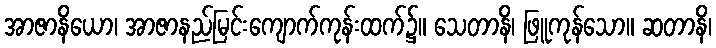
အာဇာနိယော၊ အာဇာနည်မြင်းကျောက်ကုန်းထက်၌။ သေတာနိ၊ ဖြူကုန်သော။ ဆတာနိ၊